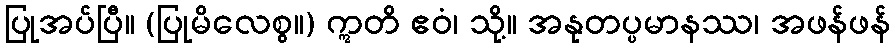
ပြုအပ်ပြီ။ (ပြုမိလေစွ။) ဣတိ ဧဝံ၊ သို့။ အနုတပ္ပမာနဿ၊ အဖန်ဖန်